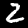
Label: 2